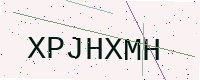
Text: XPJHXMH